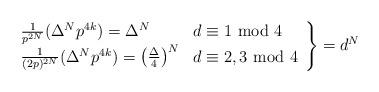
LaTeX: \begin{align*}\left.\begin{array}{ll}\frac{1}{p^{2N}}(\Delta^Np^{4k})=\Delta^N&d\equiv1~{\rm mod}~4\\\frac{1}{(2p)^{2N}}(\Delta^Np^{4k})=\left(\frac{\Delta}{4}\right)^N&d\equiv2,3~{\rm mod}~4\end{array}\right\}=d^N\end{align*}